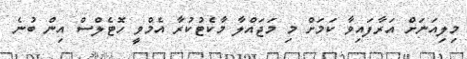
މިލިއަނަށް އަރާފައިވާ ކަމަށް މި މަޖައްލާ މާކެޓުކުރާ އެމްވީ ހޮޓެލްސް އިން ބުނެ